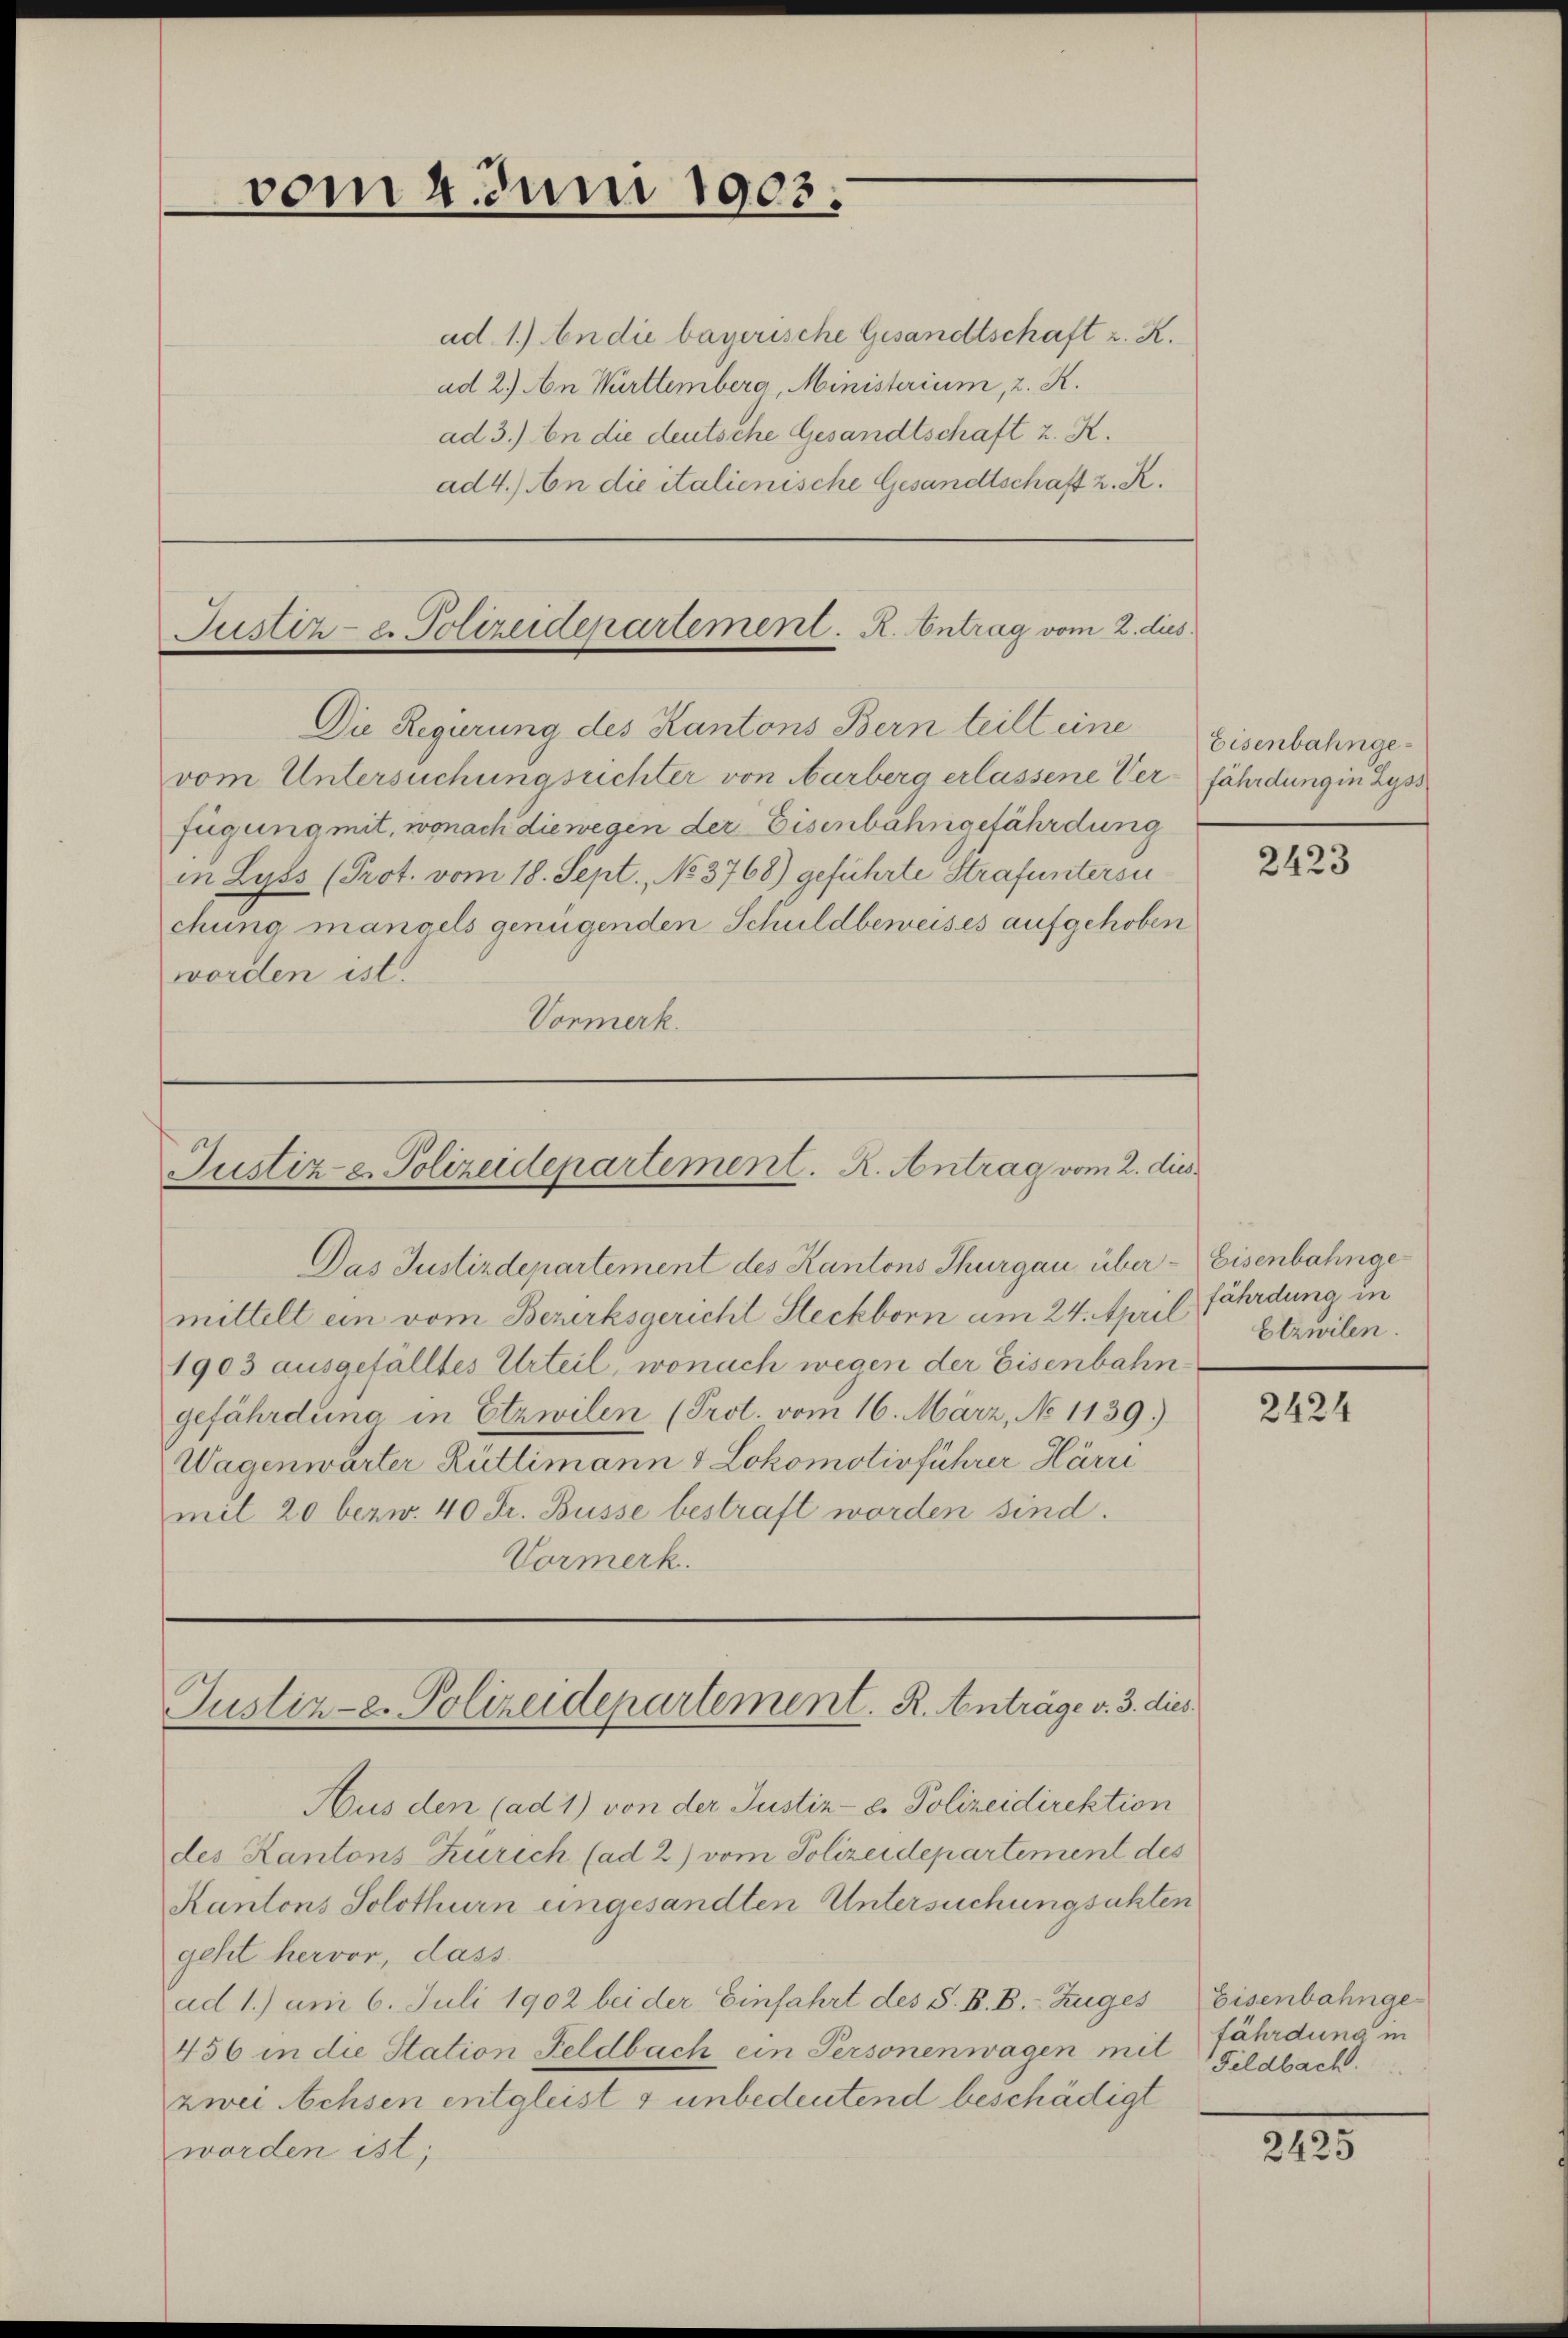
vom 4. Juni 1903.

ad 1.) An die bayerische Gesandtschaft z. K.
ad 2.) An Württemberg, Ministerium, 2. K.
ad 3.) An die deutsche Gesandtschaft z. K.
ad 4.) An die italienische Gesandtschaft z. R.

fügung mit, wonach die wegen der Eisenbahngefährdung
in Lyss (Prot. vom 18. Sept., No 3768) geführte Strafuntersu
chung mangels genügenden Schuldbeweises aufgehoben
worden ist.
Vormerk.

Justiz- u. Polizeidepartement. R. Antrag vom 2. dus.
Die Regierung des Kantons Bern teilt eine
vom Untersuchungsrichter von arberg erlassene Verfährdung in Lyss

Justiz- u. Polizeidepartement. R. Antrag vom 2. dies

Das Justizdepartement des Kantons Thurgau über - Eisenbahngemittelt ein vom Bezirksgericht Steckborn am 24. April fährdung in
1903 ausgefalltes Urteil, wonach wegen der Eisenbahngefährdung in Etzwilen (Prol. vom 16. März, No 1139)
Wagenwärter Rüttimann & Lokomotivführer Härri
mit 20 bezw. 40 Fr. Busse bestraft worden sind.
Vormerk.

Justiz-e. Polizeidepartement. R. Anträge v. 3. dies

Eisenbahnge¬

Aus den (ad 1) von der Justiz- u. Polizeidirektion
des Kantons Zürich (ad 2) vom Polizeidepartement des
Kantons Solothurn ungesandten Untersuchung sichten
geht hervor, dass
ad 1.) am 6. Juli 1902 bei der Einfahrt des S. B. B. Zuges
456 in die Station Feldbach ein Personenwagen mit fährdung in
zwei Achsen entgleist & unbedeutend beschädigt
worden ist;

2423

Etzwilen.

2424

Eisenbahnge¬
Feldbach.

215